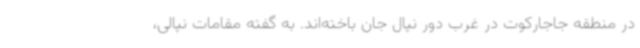
در منطقه جاجارکوت در غرب دور نپال جان باخته‌اند. به گفته مقامات نپالی،